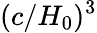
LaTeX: (c/H_{0})^{3}